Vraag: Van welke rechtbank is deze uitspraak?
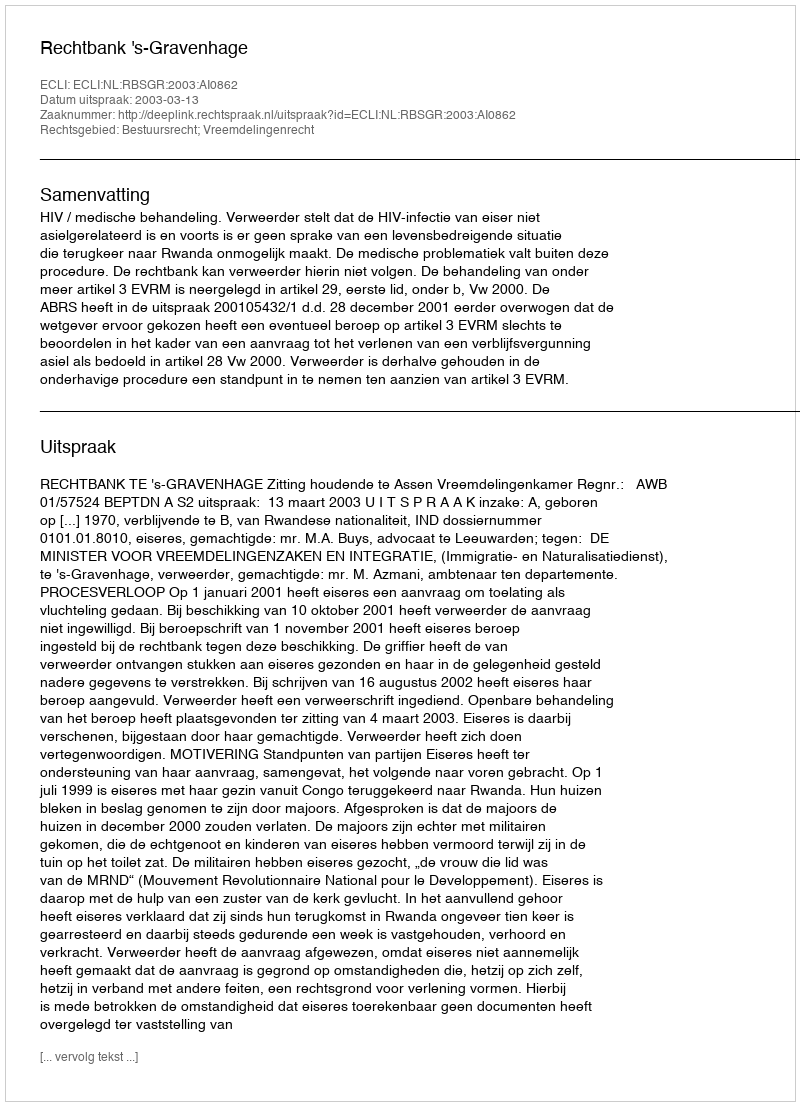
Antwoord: Rechtbank 's-Gravenhage